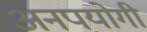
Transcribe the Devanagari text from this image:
अनपयोगी